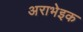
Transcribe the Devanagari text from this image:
अराभेइक